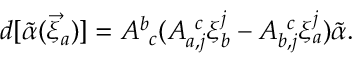
d [ { \tilde { \alpha } } ( \vec { \xi } _ { a } ) ] = A _ { ~ c } ^ { b } ( A _ { a , j } ^ { ~ c } \xi _ { b } ^ { j } - A _ { b , j } ^ { ~ c } \xi _ { a } ^ { j } ) { \tilde { \alpha } } .